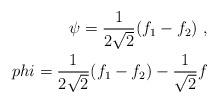
LaTeX: \begin{align*}\psi = \frac{1}{2 \sqrt{2}} (f_1 - f_2 ) \ , \\phi = \frac{1}{2 \sqrt{2}} (f_1 - f_2 ) - \frac{1}{\sqrt{2}} f \end{align*}